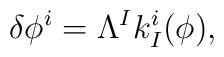
\delta \phi^i=\Lambda^Ik_I^i(\phi),